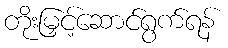
တိုးမြှင့်ဆောင်ရွက်ရန်